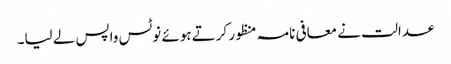
عدالت نے معافی نامہ منظور کرتے ہوئے نوٹس واپس لے لیا۔